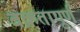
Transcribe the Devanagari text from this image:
वक्रतापूर्ण